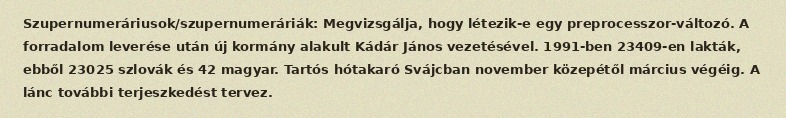
Szupernumeráriusok/szupernumeráriák: Megvizsgálja, hogy létezik-e egy preprocesszor-változó. A forradalom leverése után új kormány alakult Kádár János vezetésével. 1991-ben 23409-en lakták, ebből 23025 szlovák és 42 magyar. Tartós hótakaró Svájcban november közepétől március végéig. A lánc további terjeszkedést tervez.